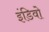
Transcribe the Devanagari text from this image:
इंडिवो